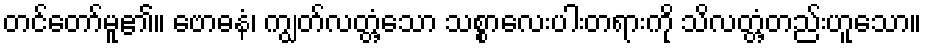
တင်တော်မူ၏။ ဗောဓနံ၊ ကျွတ်လတ္တံ့သော သစ္စာလေးပါးတရားကို သိလတ္တံ့တည်းဟူသော။